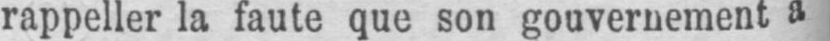
rappeller la faute que son gouvernement a